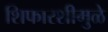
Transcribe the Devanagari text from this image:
शिफारशीमुळे